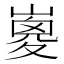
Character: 𡼇